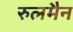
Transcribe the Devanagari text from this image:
रुलमैन